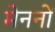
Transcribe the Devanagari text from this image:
मेननों